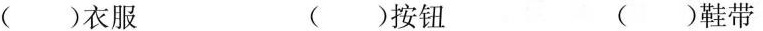
( )衣服 ( )按钮 ( )鞋带